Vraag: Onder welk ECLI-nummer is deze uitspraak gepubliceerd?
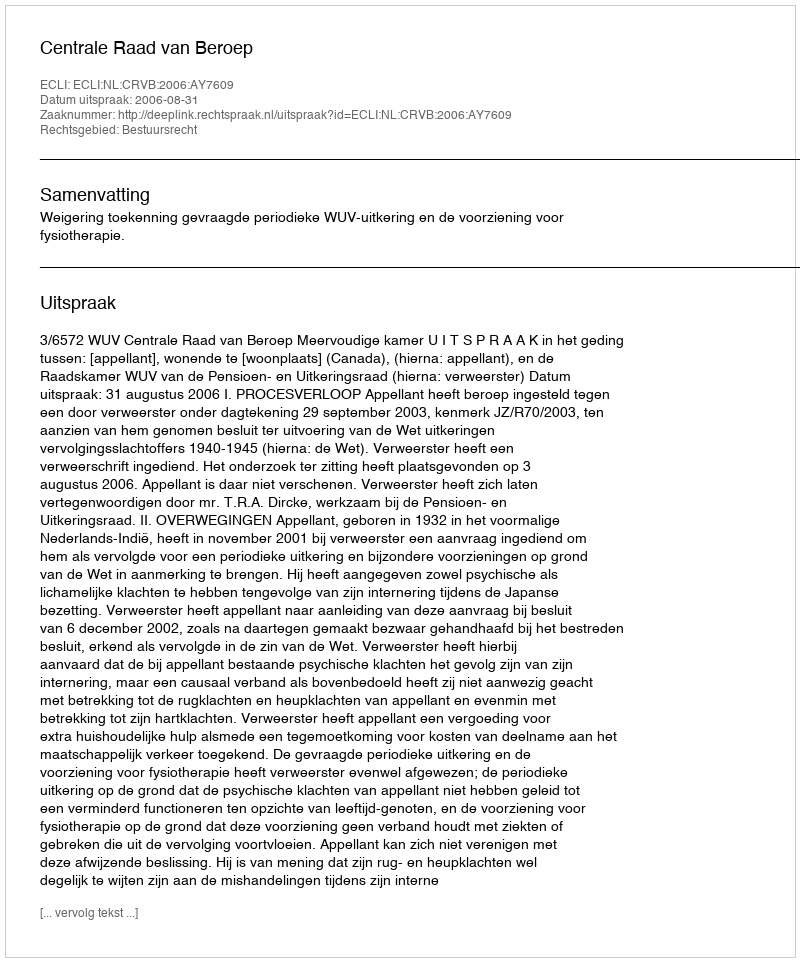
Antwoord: ECLI:NL:CRVB:2006:AY7609